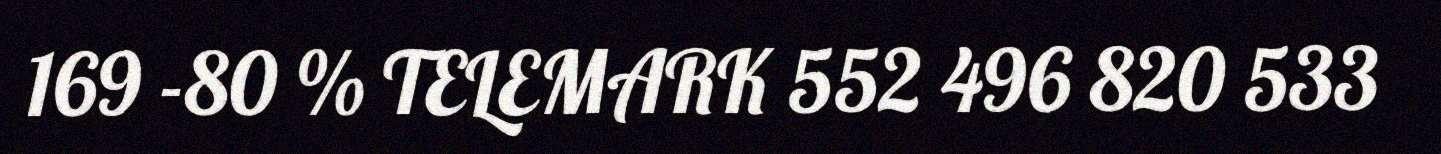
169 -80 % TELEMARK 552 496 820 533